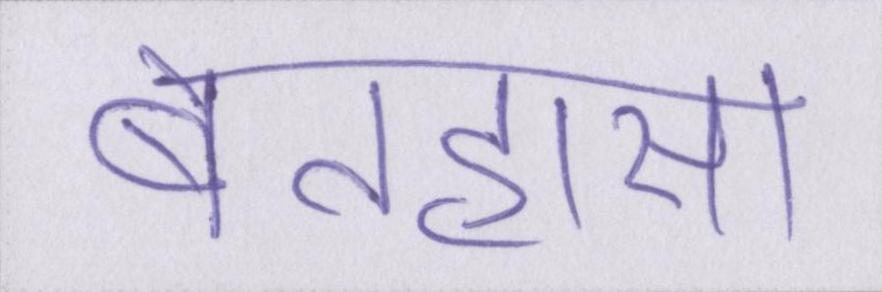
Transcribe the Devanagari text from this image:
बेतहासा